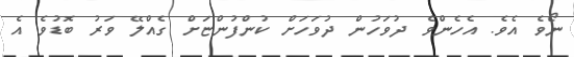
ނޯވެ އެވެ. އެހެންވެ ދުވަހުން ދުވަހަށް ކުންފުންޏަށް ގެއްލޭ ވަރު ބޮޑުވެ އެ